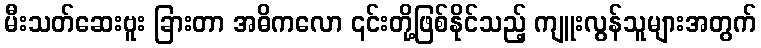
မီးသတ်ဆေးဗူး ခြားတာ အဓိကလော ၎င်းတို့ဖြစ်နိုင်သည့် ကျူးလွန်သူများအတွက်